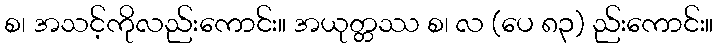
စ၊ အသင့်ကိုလည်းကောင်း။ အယုတ္တဿ စ၊ လ (ပေ ၈၃) ည်းကောင်း။